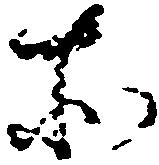
所